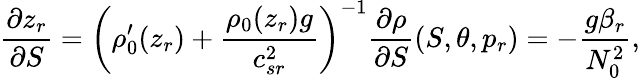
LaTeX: \frac{\partial z_{r}}{\partial S}=\left(\rho_{0}^{\prime}(z_{r})+\frac{\rho_{0}(z_{r})g}{c_{sr}^{2}}\right)^{-1}\frac{\partial\rho}{\partial S}(S,\theta,p_{r})=-\frac{g\beta_{r}}{N_{0}^{2}},